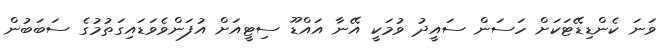
ވަނަ ކެންޑިޑޭޓަކަށް ހަސަން ސައީދު ވުމަކީ އޭނާ އައްޑޫ ސިޓީއަށް އުފަންވެވަޑައިގަތުމުގެ ސަބަބުން